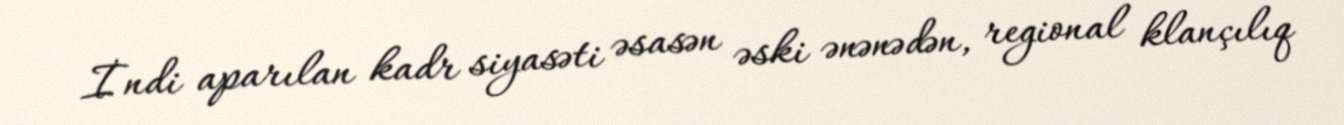
İndi aparılan kadr siyasəti əsasən əski ənənədən, regional klançılıq